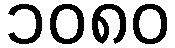
၁၀၈၀